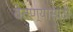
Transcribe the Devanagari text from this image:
बेतण्यासाठी